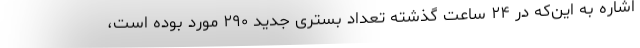
اشاره به این‌که در ۲۴ ساعت گذشته تعداد بستری جدید ۲۹۰ مورد بوده است،